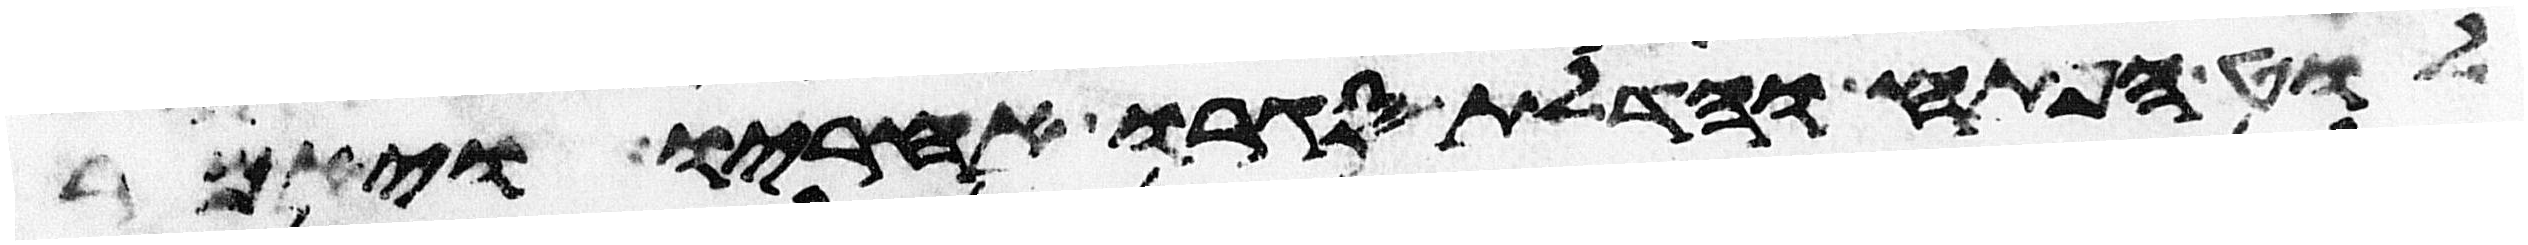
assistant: לוט הפתח והדלת סגרו אחריו ויאמר